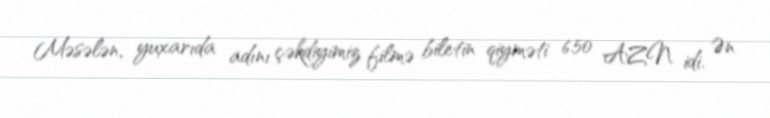
Məsələn, yuxarıda adını çəkdiyimiz filmə biletin qiyməti 6.50 AZN idi. Ən